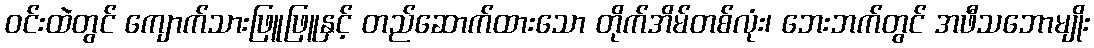
ဝင်းထဲတွင် ကျောက်သားဖြူဖြူနှင့် တည်ဆောက်ထားသော တိုက်အိမ်တစ်လုံး၊ ဘေးဘက်တွင် အဖီသဘောမျိုး